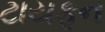
ટાયફૂન